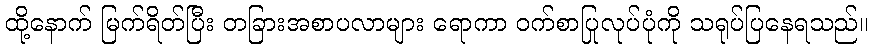
ထို့နောက် မြက်ရိတ်ပြီး တခြားအစာပလာများ ရောကာ ဝက်စာပြုလုပ်ပုံကို သရုပ်ပြနေရသည်။